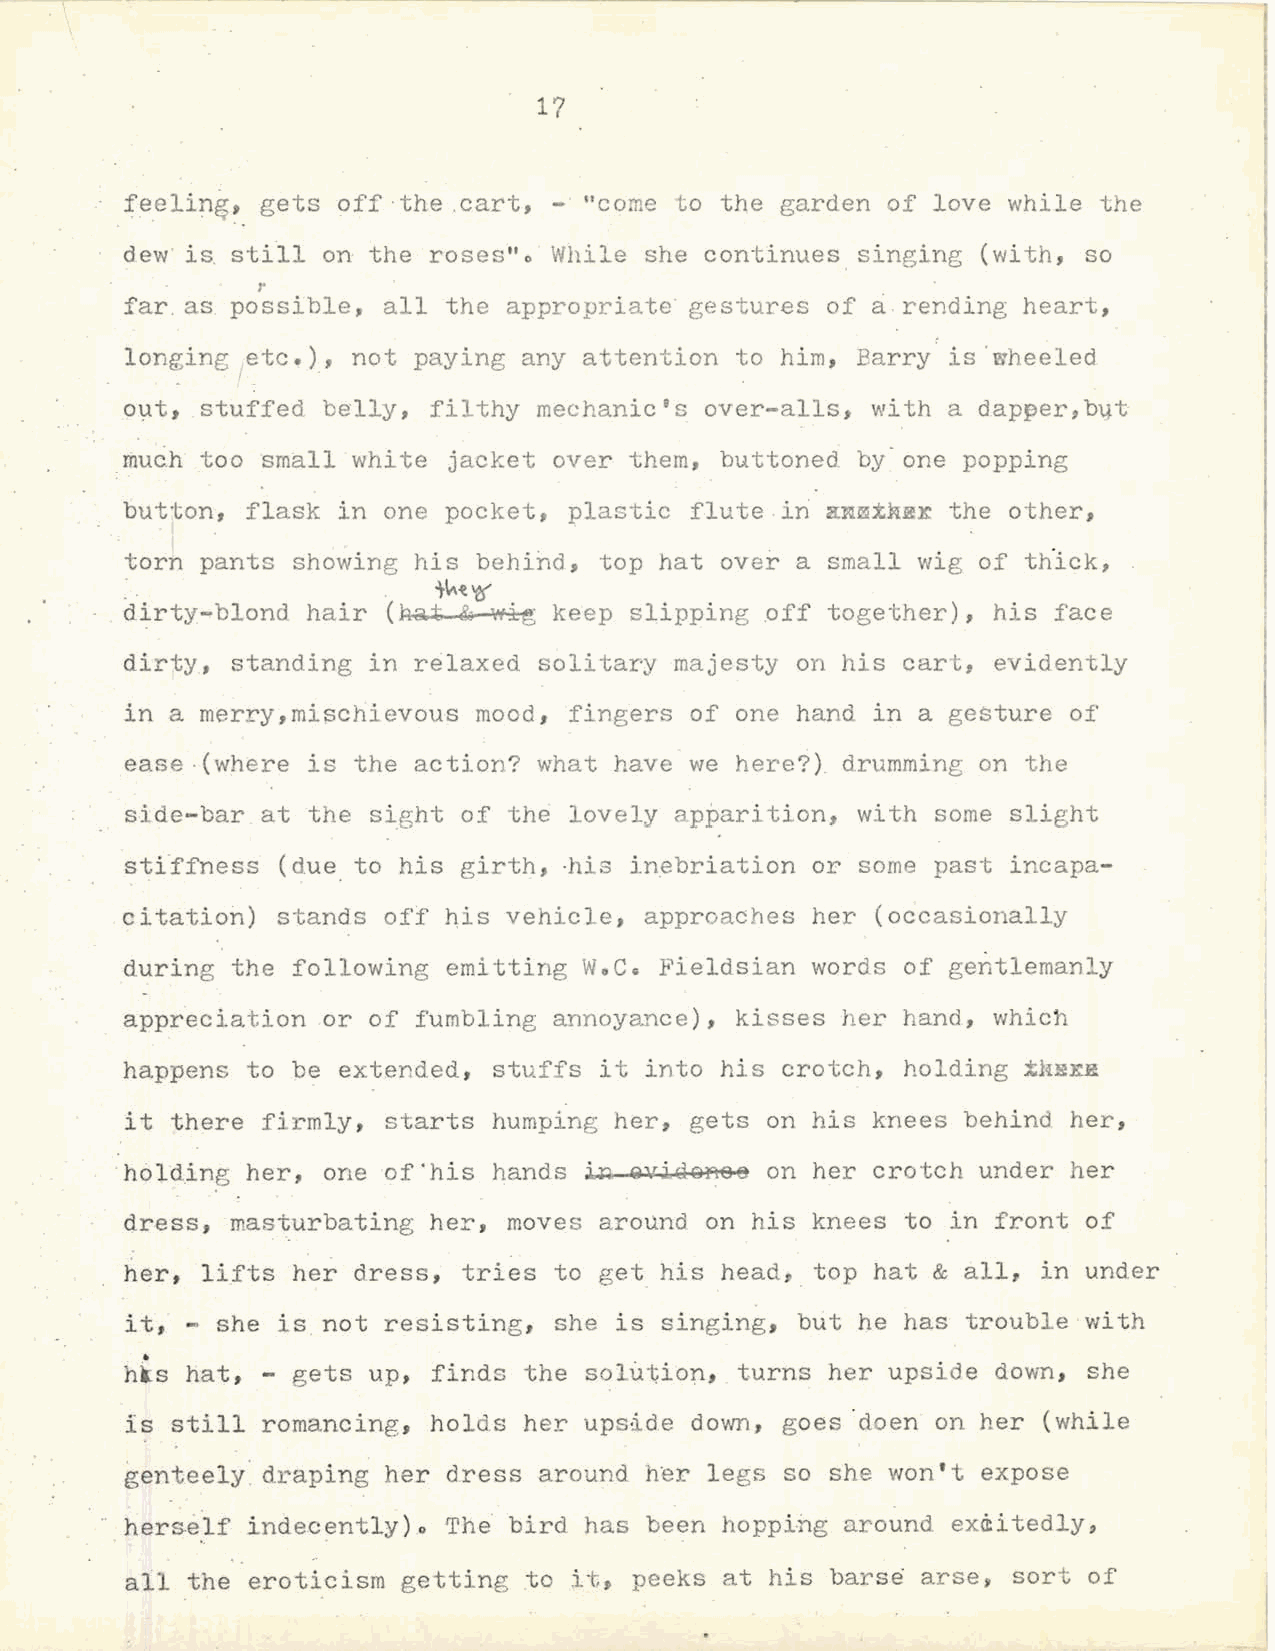
. \
 17
 feeling, gets off ·the .cart, -"come t o the garden of love while the
 dew is still on the roses"o  While she continues singing (with, so
 r
 far. as possible, all the appropriate gest ures of a . rending heart,
 longing etc.), not paying  any attent ion to him, Barry is .wheeled
 out, stuffed belly, filthy  mechanic's over-alls, with a dapper,byt
 too       white  jacket over them, buttoned by-one popping
 ~uch     sm~ll
 button, flask in one  pocket, plastic flute .in :aNm.tN::ex the other,
 torn pants showing  his behind, top hat over a small wig of th.ick,
 .. .             .   't~t 'e{
 . dirty-blond hair (~t &  wig keep slipping .off together), his face
 dirty, standing in relaxed  solitary majesty on his cart, evidently
 in a merry,mischievous  mood, fingers of one hand in a gesture of
 ease .(where is the action? what have we here?) drumming on the
 side-bar at the sight  of the lovely ap~arition, with some slight
 stfffness  (due to his girth, -his inebriation or some past incapa
 citatiori) stands off his vehicle, approaches her (occasionally
 during the following  emitting      Fieldsian words of gentlemanly
 WoC~
 appreciation or of  fumbling annoyance), kisses her hand, which
 happens to be extended,  stuffs it into his crotch, holding ±kHxR
 it there firmly,  starts humping her, gets on his knees behind her,
 ·holding her, one of· his hands i.M. Qvi.Qol'lOB on her crotch under her
 dress, masturbating  her, moves around on his knees to in front of
 her, lifts her dress,  tries to get his head• top hat & all, in under
 it, - she is not resisting,  she is singing, b~t he has trouble with
 •
 hks hat~ - gets up,  finds the solution, turns her upside down, she
 is still romancing,  holds her ups~ide down, goes ·doen on her (while
 genteely. draping her dress around her legs so she won't expose
 ··. herse_lf indecently) The bird has been hopping around exd:i tedly,
 .o
 all the eroticism  getting to it, peeks at his bars~ arse~ sort of